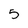
Character: 5